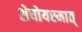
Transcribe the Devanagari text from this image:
शेषोयस्मात्